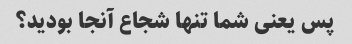
پس یعنی شما تنها شجاع آنجا بودید؟